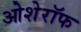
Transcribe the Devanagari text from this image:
ओशेरॉफ